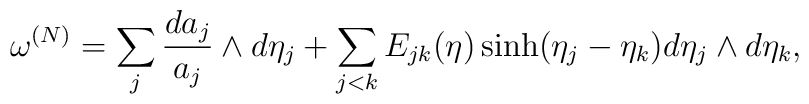
\omega\sp{(N)}=\sum_{j}\frac{da_{j}}{a_{j}}\wedge d\eta_{j} + \sum_{j<k}E_{jk}(\eta)\sinh(\eta_{j}-\eta_{k}) d\eta_{j}\wedge d\eta_{k},